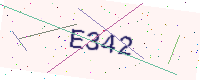
Text: E342